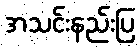
အသင်းနည်းပြ